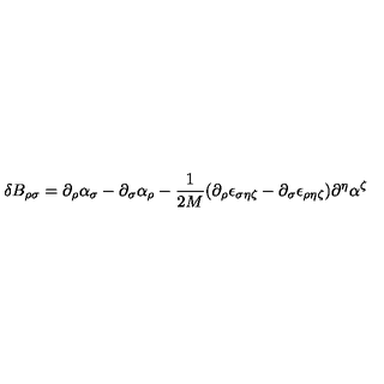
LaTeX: \delta B _ { \rho \sigma } = \partial _ { \rho } \alpha _ { \sigma } - \partial _ { \sigma } \alpha _ { \rho } - \frac { 1 } { 2 M } ( \partial _ { \rho } \epsilon _ { \sigma \eta \zeta } - \partial _ { \sigma } \epsilon _ { \rho \eta \zeta } ) \partial ^ { \eta } \alpha ^ { \zeta }